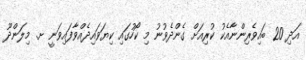
އަދި 20 ބައިވެރިންނާއެކު ކުރިއަށް ގެންދެވުނު މި ކޯހުގައި ކިޔަވައިދެއްވާފައިވަނީ ށ. މިލަންދޫ